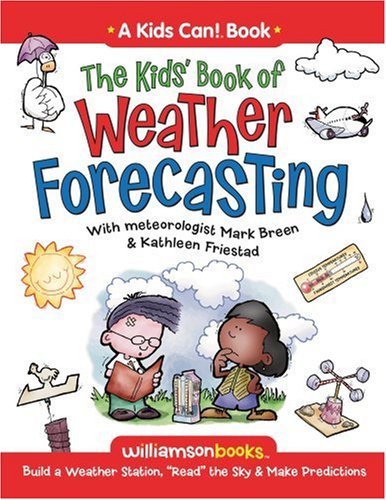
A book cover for The Kids' Book of Weather Forecasting (Williamson Kids Can! Series); Breen; Science & Math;